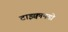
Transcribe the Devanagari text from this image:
टाइक्वानडो